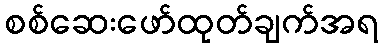
စစ်ဆေးဖော်ထုတ်ချက်အရ